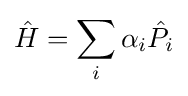
{\hat {H}}=\sum _{i}\alpha _{i}{\hat {P}}_{i}